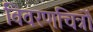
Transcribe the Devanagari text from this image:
विवरणचित्रों